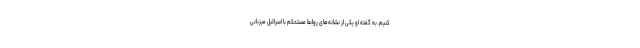
کنیم. به گفته او یکی از نشانه‌های روابط مستحکم با اسرائیل میزبانی